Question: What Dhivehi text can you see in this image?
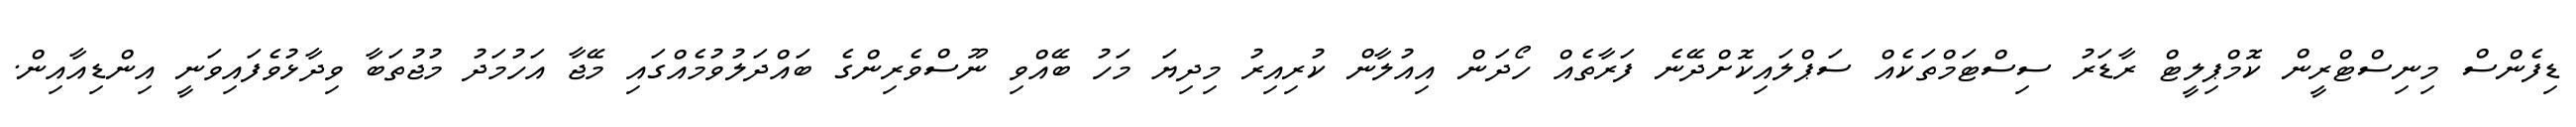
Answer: ޑިފެންސް މިނިސްޓްރީން ކޮމްޕިލީޓް ރާޑަރު ސިސްޓަމްތަކެއް ސަޕްލައިކޮށްދޭނެ ފަރާތެއް ހޯދަން އިއުލާން ކުރިއިރު މިދިޔަ މަހު ބޭއްވި ނޫސްވެރިންގެ ބައްދަލުވުމެއްގައި މޭޖާ އަހުމަދު މުޖުތަބާ ވިދާޅުވެފައިވަނީ އިންޑިއާއިން.